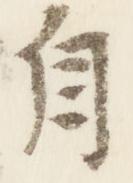
自